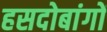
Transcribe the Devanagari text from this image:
हसदोबांगों